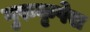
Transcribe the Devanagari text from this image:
गुरुकृपेस